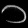
Digit: ၁